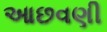
આછવણી